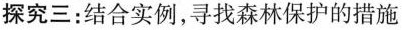
探究三：结合实例，寻找森林保护的措施